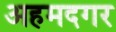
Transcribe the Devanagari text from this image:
अहमदगर